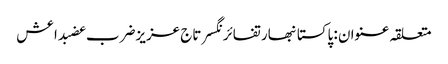
متعلقہ عنوان : پاکستانبھارتفائرنگسرتاج عزیزضرب عضبداعش